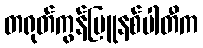
တရုတ်ကွန်မြူနစ်ပါတီက